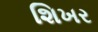
શિખર